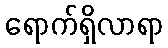
ရောက်ရှိလာရာ